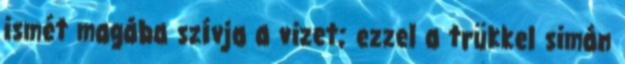
ismét magába szívja a vizet; ezzel a trükkel simán